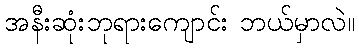
အနီးဆုံးဘုရားကျောင်း ဘယ်မှာလဲ။